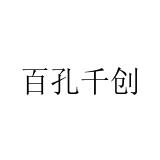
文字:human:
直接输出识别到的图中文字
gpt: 百孔千创